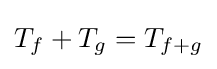
T_{f}+T_{g}=T_{f+g}